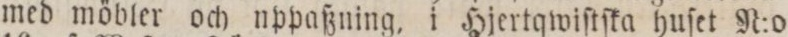
med möbler och uppaßning, i Hjertqwiſtſka huſet N:o